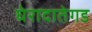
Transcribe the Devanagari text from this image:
घेरादातेगड